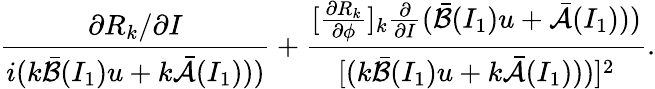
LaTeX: \displaystyle\frac{\partial R_{k}/\partial I}{i(k\bar{\mathcal{B}}(I_{1})u+k\bar{\mathcal{A}}(I_{1})))}+\frac{[\frac{\partial R_{k}}{\partial\phi}]_{k}\frac{\partial}{\partial I}(\bar{\mathcal{B}}(I_{1})u+\bar{\mathcal{A}}(I_{1})))}{[(k\bar{\mathcal{B}}(I_{1})u+k\bar{\mathcal{A}}(I_{1})))]^{2}}.